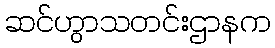
ဆင်ဟွာသတင်းဌာနက